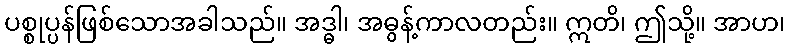
ပစ္စုပ္ပန်ဖြစ်သောအခါသည်။ အဒ္ဓါ၊ အဓွန့်ကာလတည်း။ ဣတိ၊ ဤသို့။ အာဟ၊